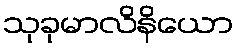
သုခုမာလိနိယော